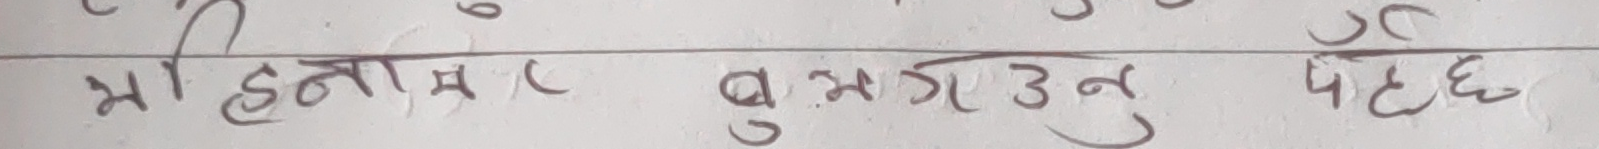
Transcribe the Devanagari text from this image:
माहेनाल बुझाउनु पर्दछ